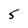
Character: 5